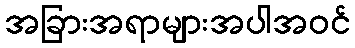
အခြားအရာများအပါအဝင်